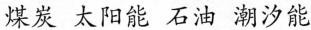
煤炭 太阳能 石油 潮汐能